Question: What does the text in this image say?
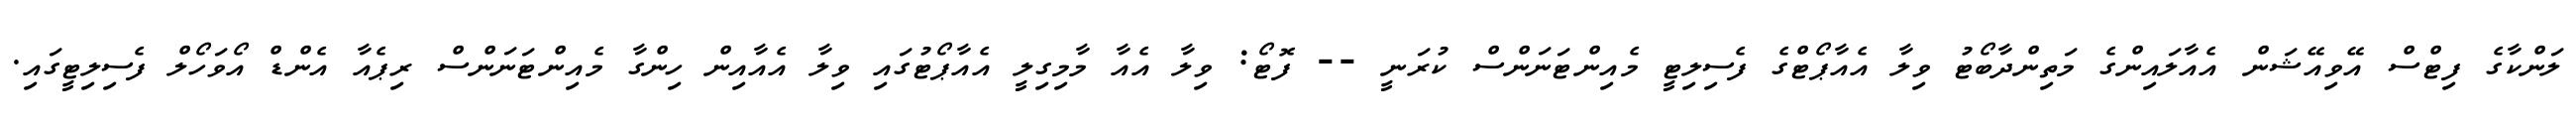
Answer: ލަންކާގެ ފިޓްސް އޭވިއޭޝަން އެއާލައިންގެ މަތިންދާބޯޓު ވިލާ އެއާޕޯޓްގެ ފެސިލިޓީ މެއިންޓަނަންސް ކުރަނީ -- ފޮޓޯ: ވިލާ އެއާ މާމިގިލީ އެއާޕޯޓުގައި ވިލާ އެއާއިން ހިންގާ މެއިންޓަނަންސް ރިޕެއާ އެންޑް އޯވަހޯލް ފެސިލިޓީގައި.